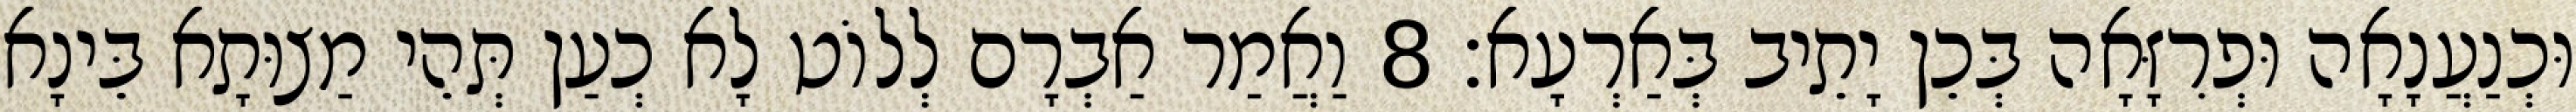
וּכְנַעֲנָאָה וּפְרִזָּאָה בְּכֵן יָתֵיב בְּאַרְעָא׃ 8 וַאֲמַר אַבְרָם לְלוֹט לָא כְעַן תְּהֵי מַצוּתָא בֵּינָא